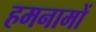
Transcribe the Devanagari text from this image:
हमनामों